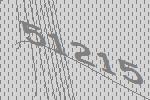
51215